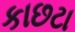
કાછટા